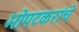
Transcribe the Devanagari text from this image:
भोपटकरांचे